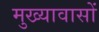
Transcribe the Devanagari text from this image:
मुख्यावासों